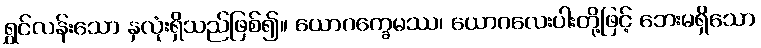
ရွှင်လန်းသော နှလုံးရှိသည်ဖြစ်၍။ ယောဂက္ခေမဿ၊ ယောဂလေးပါးတို့ဖြင့် ဘေးမရှိသော